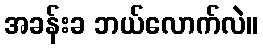
အခန်းခ ဘယ်လောက်လဲ။